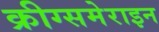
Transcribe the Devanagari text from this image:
क्रीग्समेराइन